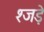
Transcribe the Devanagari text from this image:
श्जड़े